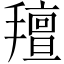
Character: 𢷆